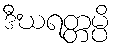
ဒီဃရတ္တမ္ပိ